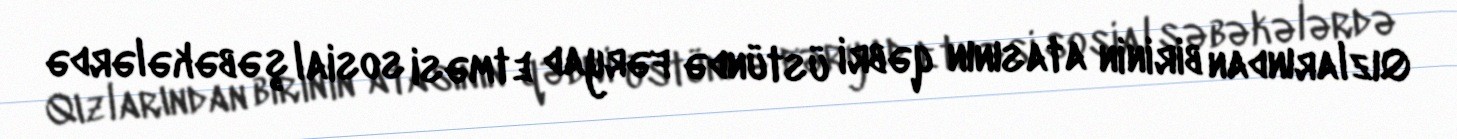
Qızlarından birinin atasının qəbri üstündə fəryad etməsi sosial şəbəkələrdə